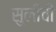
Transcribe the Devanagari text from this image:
सुलीची